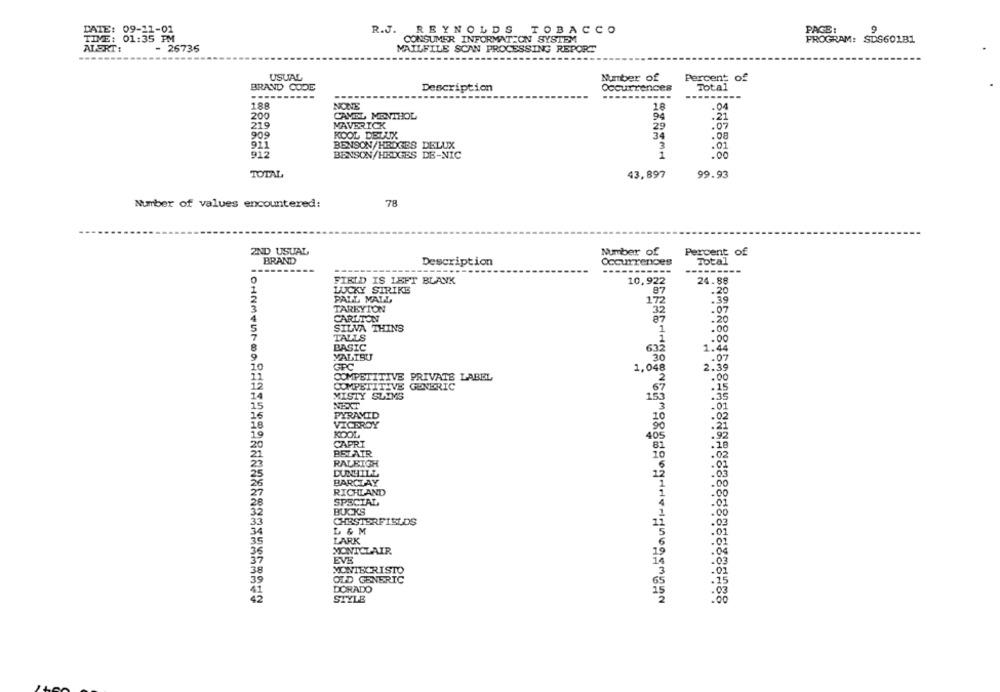
DATE: 09-11-01
PAGE:
9
R.J. REYNOLDS TOBACCO
TIME: 01:35 PM
CONSUMER INFORMATION SYSTEM
PROGRAM: SDS601B1
ALERT:
- 26736
MAILFILE SCAN PROCESSING REPORT
--------
USUAL
Number of
Percent of
BRAND CODE
Description
Occurrences
Total
NONE
188
18
.04
200
CAMEL MENTHOL
94
.21
219
MAVERICK
.07
29
900
KOOL DELLIX
34
.08
911
BENSON/HROGES DELUX
3
.01
912
BENSON/HEDGES DE-NIC
1
.00
TOTAL
43,897
99.93
78
Number of values encountered:
2ND USUAL
Number of
Percent of
BRAND
Description
Occurrences
Total
-----------
---------
FIELD IS LEFT BLANK
10,922
24.88
LUCKY STRIKE
87
.20
PALL MALL
172
.39
TAREYION
32
.07
CARLTON
.20
SILVA THINS
.00
TALLS
.00
BASIC
63:
1.44
MALIBU
.30
.07
GPC
JOHNMEUROOPA
1,048
2.39
COMPETITIVE PRIVATE LABEL
.00
COMPETITIVE GENERIC
.is
MISTY SLIMS
NEXT
PYRAMID
VICEROY
KOOL
CAPRI
BELATR
RALEIGH
DUNHILL
.05
BARCLAY
.00
RICHLAND
SPECIAL,
BUCKS
CHESTERFIELDS
L & M
LARK
36
MONTCLAIR
37
EVE
38
MONIBCRISTO
OLD GENERIC
DORADO
STYLE
あ1113040203310051061114215691365 2